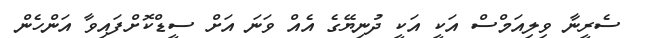
ސެރީނާ ވިލިއަމްސް އަކީ އަކީ ދުނިޔޭގެ އެއް ވަނަ އަށް ސީޑްކޮށްފައިވާ އަންހެން